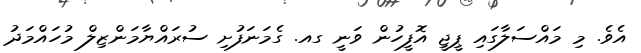
އެވެ. މި މައްސަލާގައި ޕީޖީ އޮފީހުން ވަނީ ގއ. ގެމަނަފުށި ސުރައްޔާމަންޒިލް މުހައްމަދު